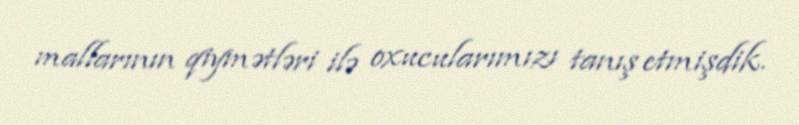
mallarının qiymətləri ilə oxucularımızı tanış etmişdik.